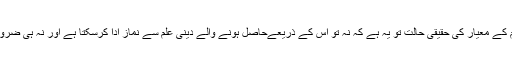
ہمارے خکومتی نظام تعلیم کے معیار کی حقیقی حالت تو یہ ہے کہ نہ تو اس کے ذریعےحاصل ہونے والے دینی علم سے نماز ادا کرسکتا ہے اور نہ ہی ضروریات دین کا پتہ چلتا ہے ۔